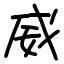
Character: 威